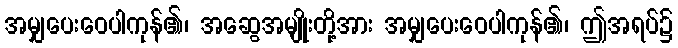
အမျှပေးဝေပါကုန်၏၊ အဆွေအမျိုးတို့အား အမျှပေးဝေပါကုန်၏၊ ဤအရပ်၌